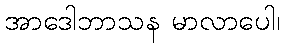
အာဒေါဘာသန မာလာပေါ၊